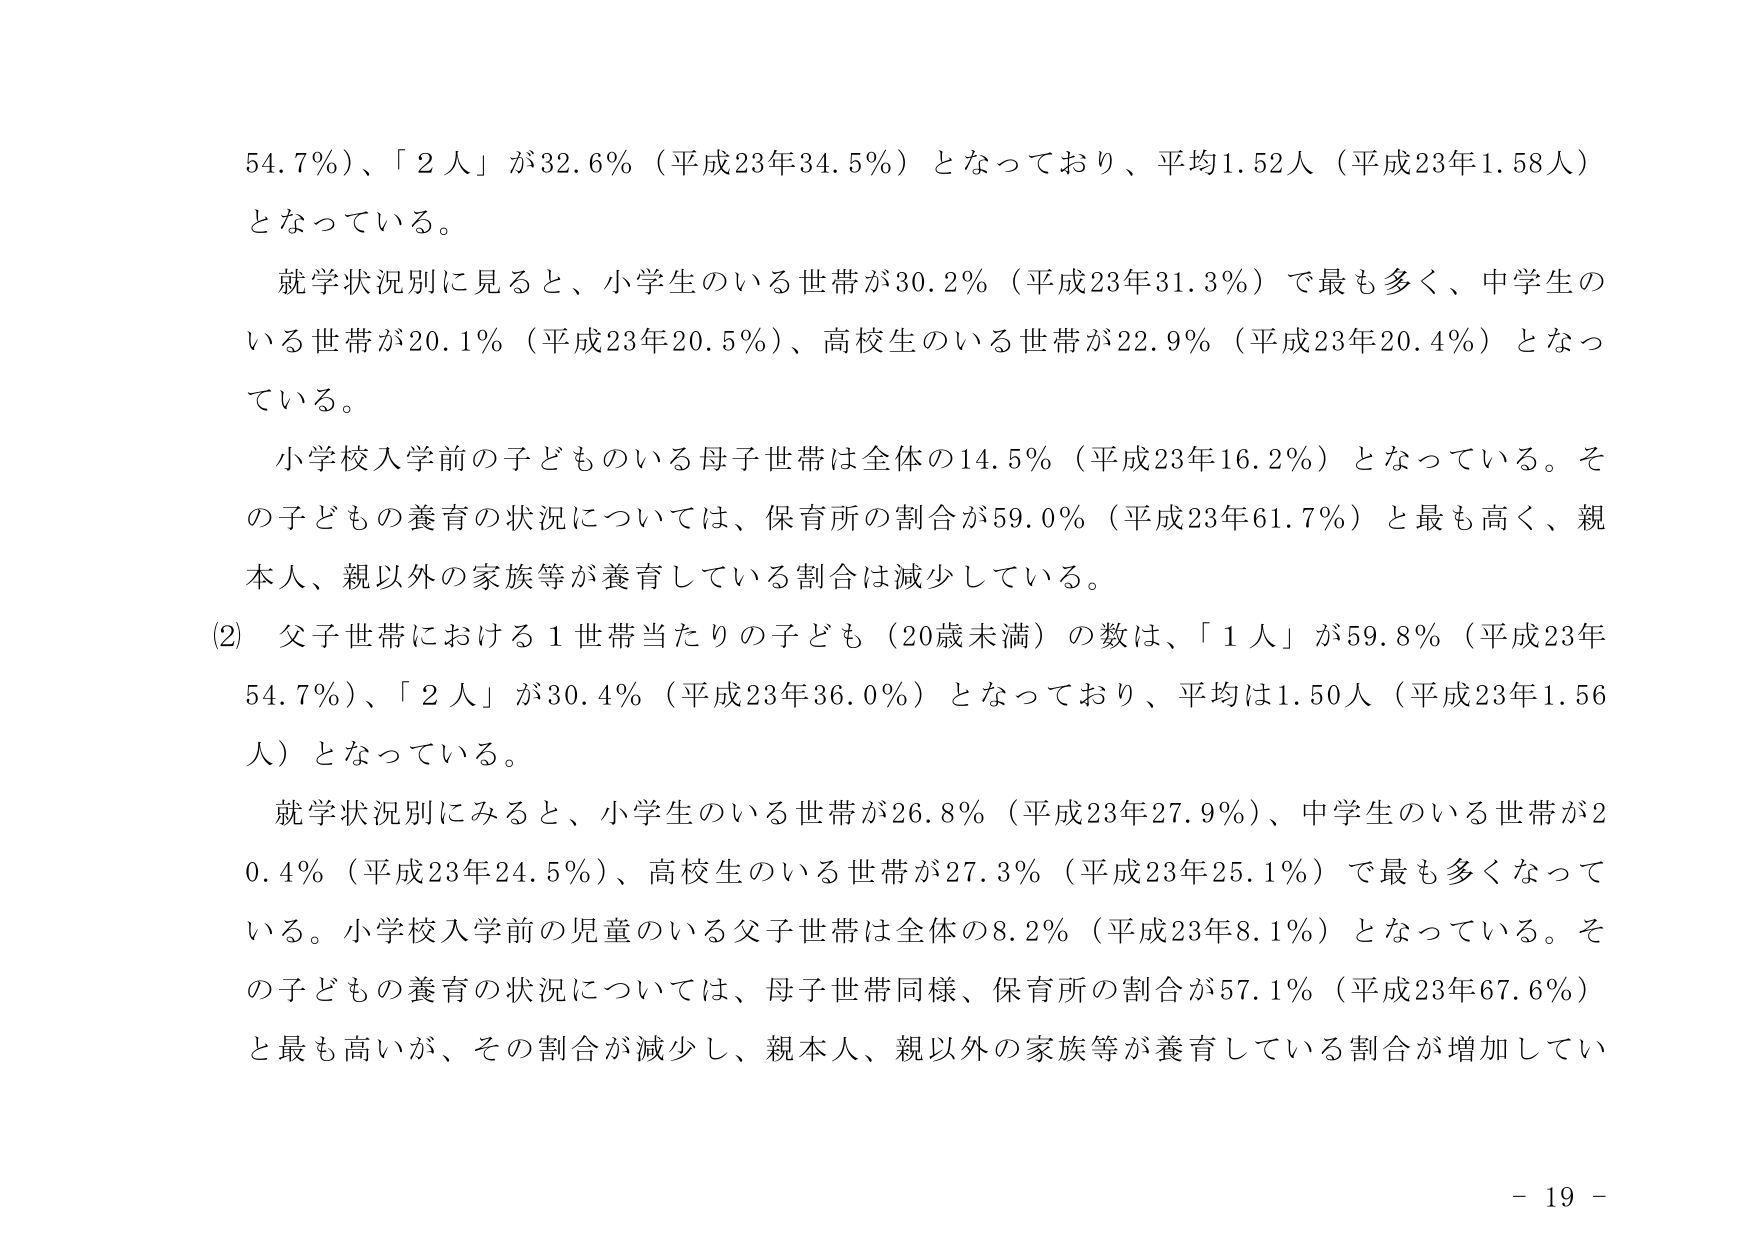
54.7%）、「2人」が32.6%（平成23年34.5%）となっており、平均1.52人（平成23年1.58人）となっている。

就学状況別に見ると、小学生のいる世帯が30.2%（平成23年31.3%）で最も多く、中学生のいる世帯が20.1%（平成23年20.5%）、高校生のいる世帯が22.9%（平成23年20.4%）となっている。

小学校入学前の子どものある母子世帯は全体の14.5%（平成23年16.2%）となっている。その子どもの養育の状況については、保育所の割合が59.0%（平成23年61.7%）と最も高く、親本人、親以外の家族等が養育している割合は減少している。

(2) 父子世帯における1世帯当たりの子ども（20歳未満）の数は、「1人」が59.8%（平成23年54.7%）、「2人」が30.4%（平成23年36.0%）となっており、平均は1.50人（平成23年1.56人）となっている。

就学状況別にみると、小学生のいる世帯が26.8%（平成23年27.9%）、中学生のいる世帯が20.4%（平成23年24.5%）、高校生のいる世帯が27.3%（平成23年25.1%）で最も多くなっている。小学校入学前の児童のいる父子世帯は全体の8.2%（平成23年8.1%）となっている。その子どもの養育の状況については、母子世帯同様、保育所の割合が57.1%（平成23年67.6%）と最も高いが、その割合が減少し、親本人、親以外の家族等が養育している割合が増加してい

- 19 -